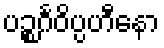
ပဉ္စင်္ဂဝိပ္ပဟီနော